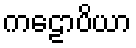
ကဠောပိယာ